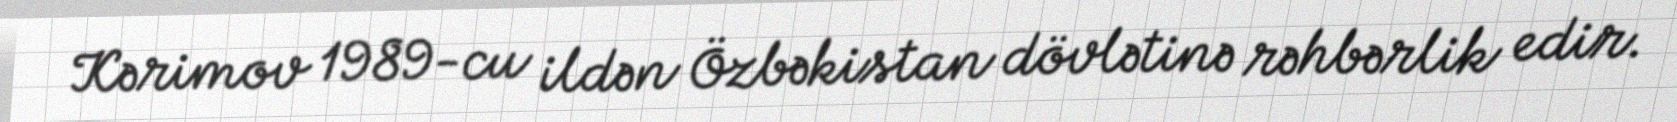
Kərimov 1989-cu ildən Özbəkistan dövlətinə rəhbərlik edir.